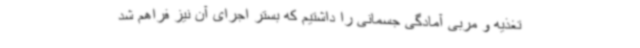
تغذیه و مربی آمادگی جسمانی را داشتیم که بستر اجرای آن نیز فراهم شد